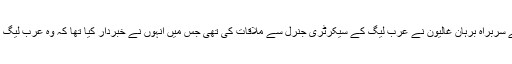
عرب لیگ کے اجلاس سے قبل شامی قومی کونسل کے سربراہ برہان غالیون نے عرب لیگ کے سیکرٹری جنرل سے ملاقات کی تھی جس میں انہوں نے خبردار کیا تھا کہ وہ عرب لیگ کے مبصرین کی تحقیقاتی رپورٹ مسترد کر دیں گے۔